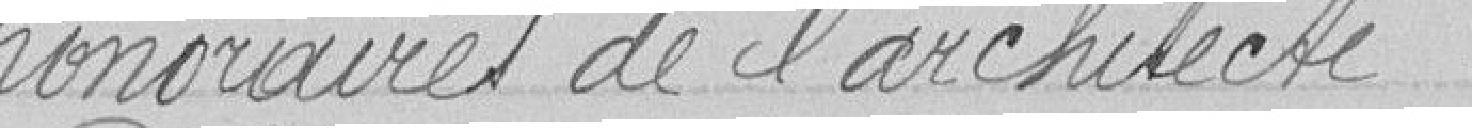
honoraires de l'architecte.